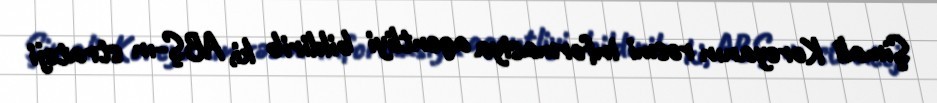
Şimali Koreyanın rəsmi informasiya agentliyi bildirib ki, ABŞ-ın strateji